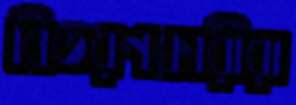
বিতরণকারীরা